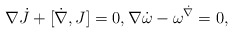
\begin{align*} \nabla \dot J + [\dot \nabla,J] = 0, \nabla \dot \omega - \omega^{\dot \nabla} = 0,\end{align*}